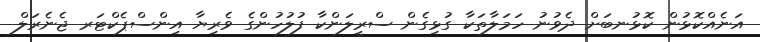
އަނެއްކޮޅުން ކޮޅުނބަށް ދެވުނު ހަމަލާތަކާ ގުޅިގެން ސްރީލަންކާ ފުލުހުންގެ ވެރިޔާ އިންސްޕެކްޓަރ ޖެނެރަލް